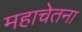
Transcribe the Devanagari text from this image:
महाचेतना